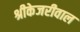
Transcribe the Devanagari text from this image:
श्रीकेजरीवाल